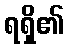
ရရှိ၏